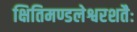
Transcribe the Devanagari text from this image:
क्षितिमण्डलेश्वरशतैः